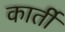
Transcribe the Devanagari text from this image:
कार्ती